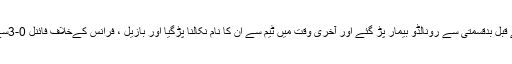
فائنل سے قبل بدقسمتی سے رونالڈو بیمار پڑ گئے اور آخری وقت میں ٹیم سے ان کا نام نکالنا پڑگیا اور بازیل ، فرانس کےخلاف فائنل 0-3سے ہارگیا۔